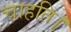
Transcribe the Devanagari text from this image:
चाहति।